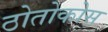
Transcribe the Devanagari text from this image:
ठोतोकोस